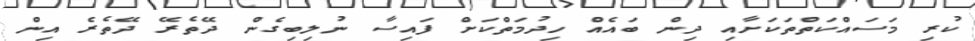
ކުރި މަސައްކަތްތަކަށާއި ދިން ބައެއް ހިދުމަތްކަށް ފައިސާ ނުލިބިގެން ދޭތެރޭ ދޭތެރެ އިން